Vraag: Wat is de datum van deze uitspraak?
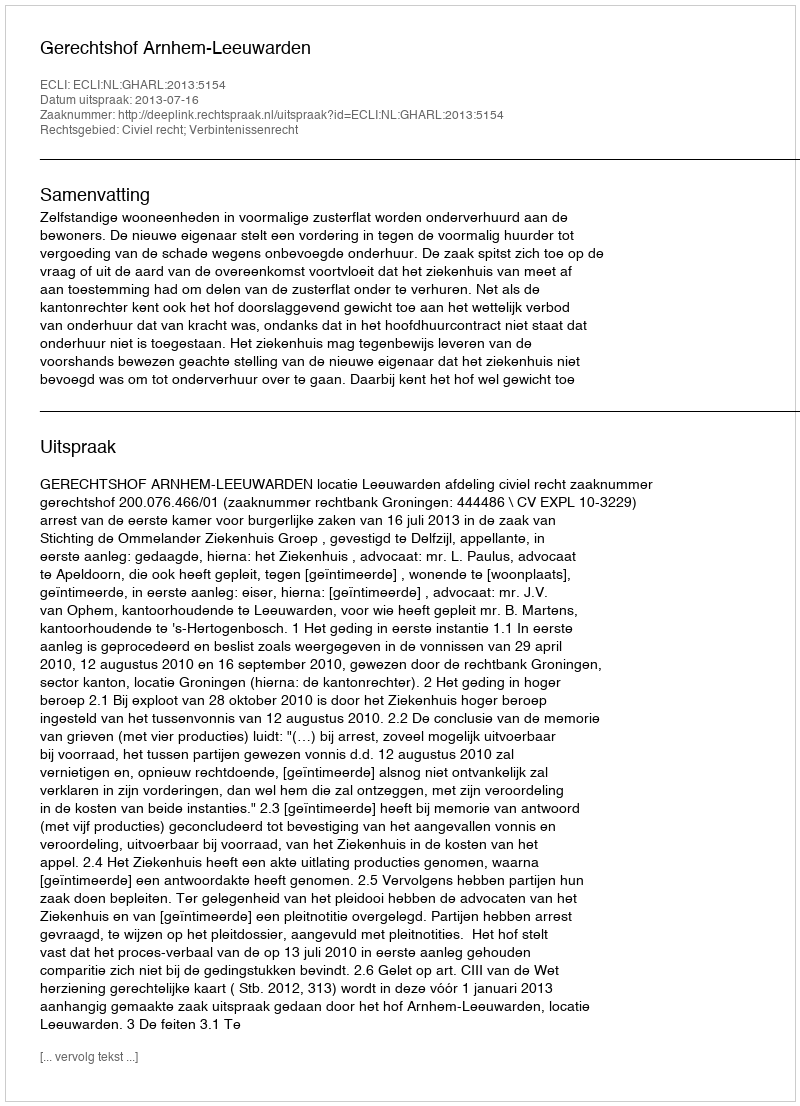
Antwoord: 2013-07-16